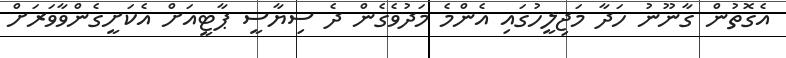
އެގޮތުން ގާނޫނު ހަދާ މަޖިލީހުގައި އެންމެ މަދުވެގެން ދެ ސިޔާސީ ޕާޓީއަށް އެކަށީގެންވާވަރަށް